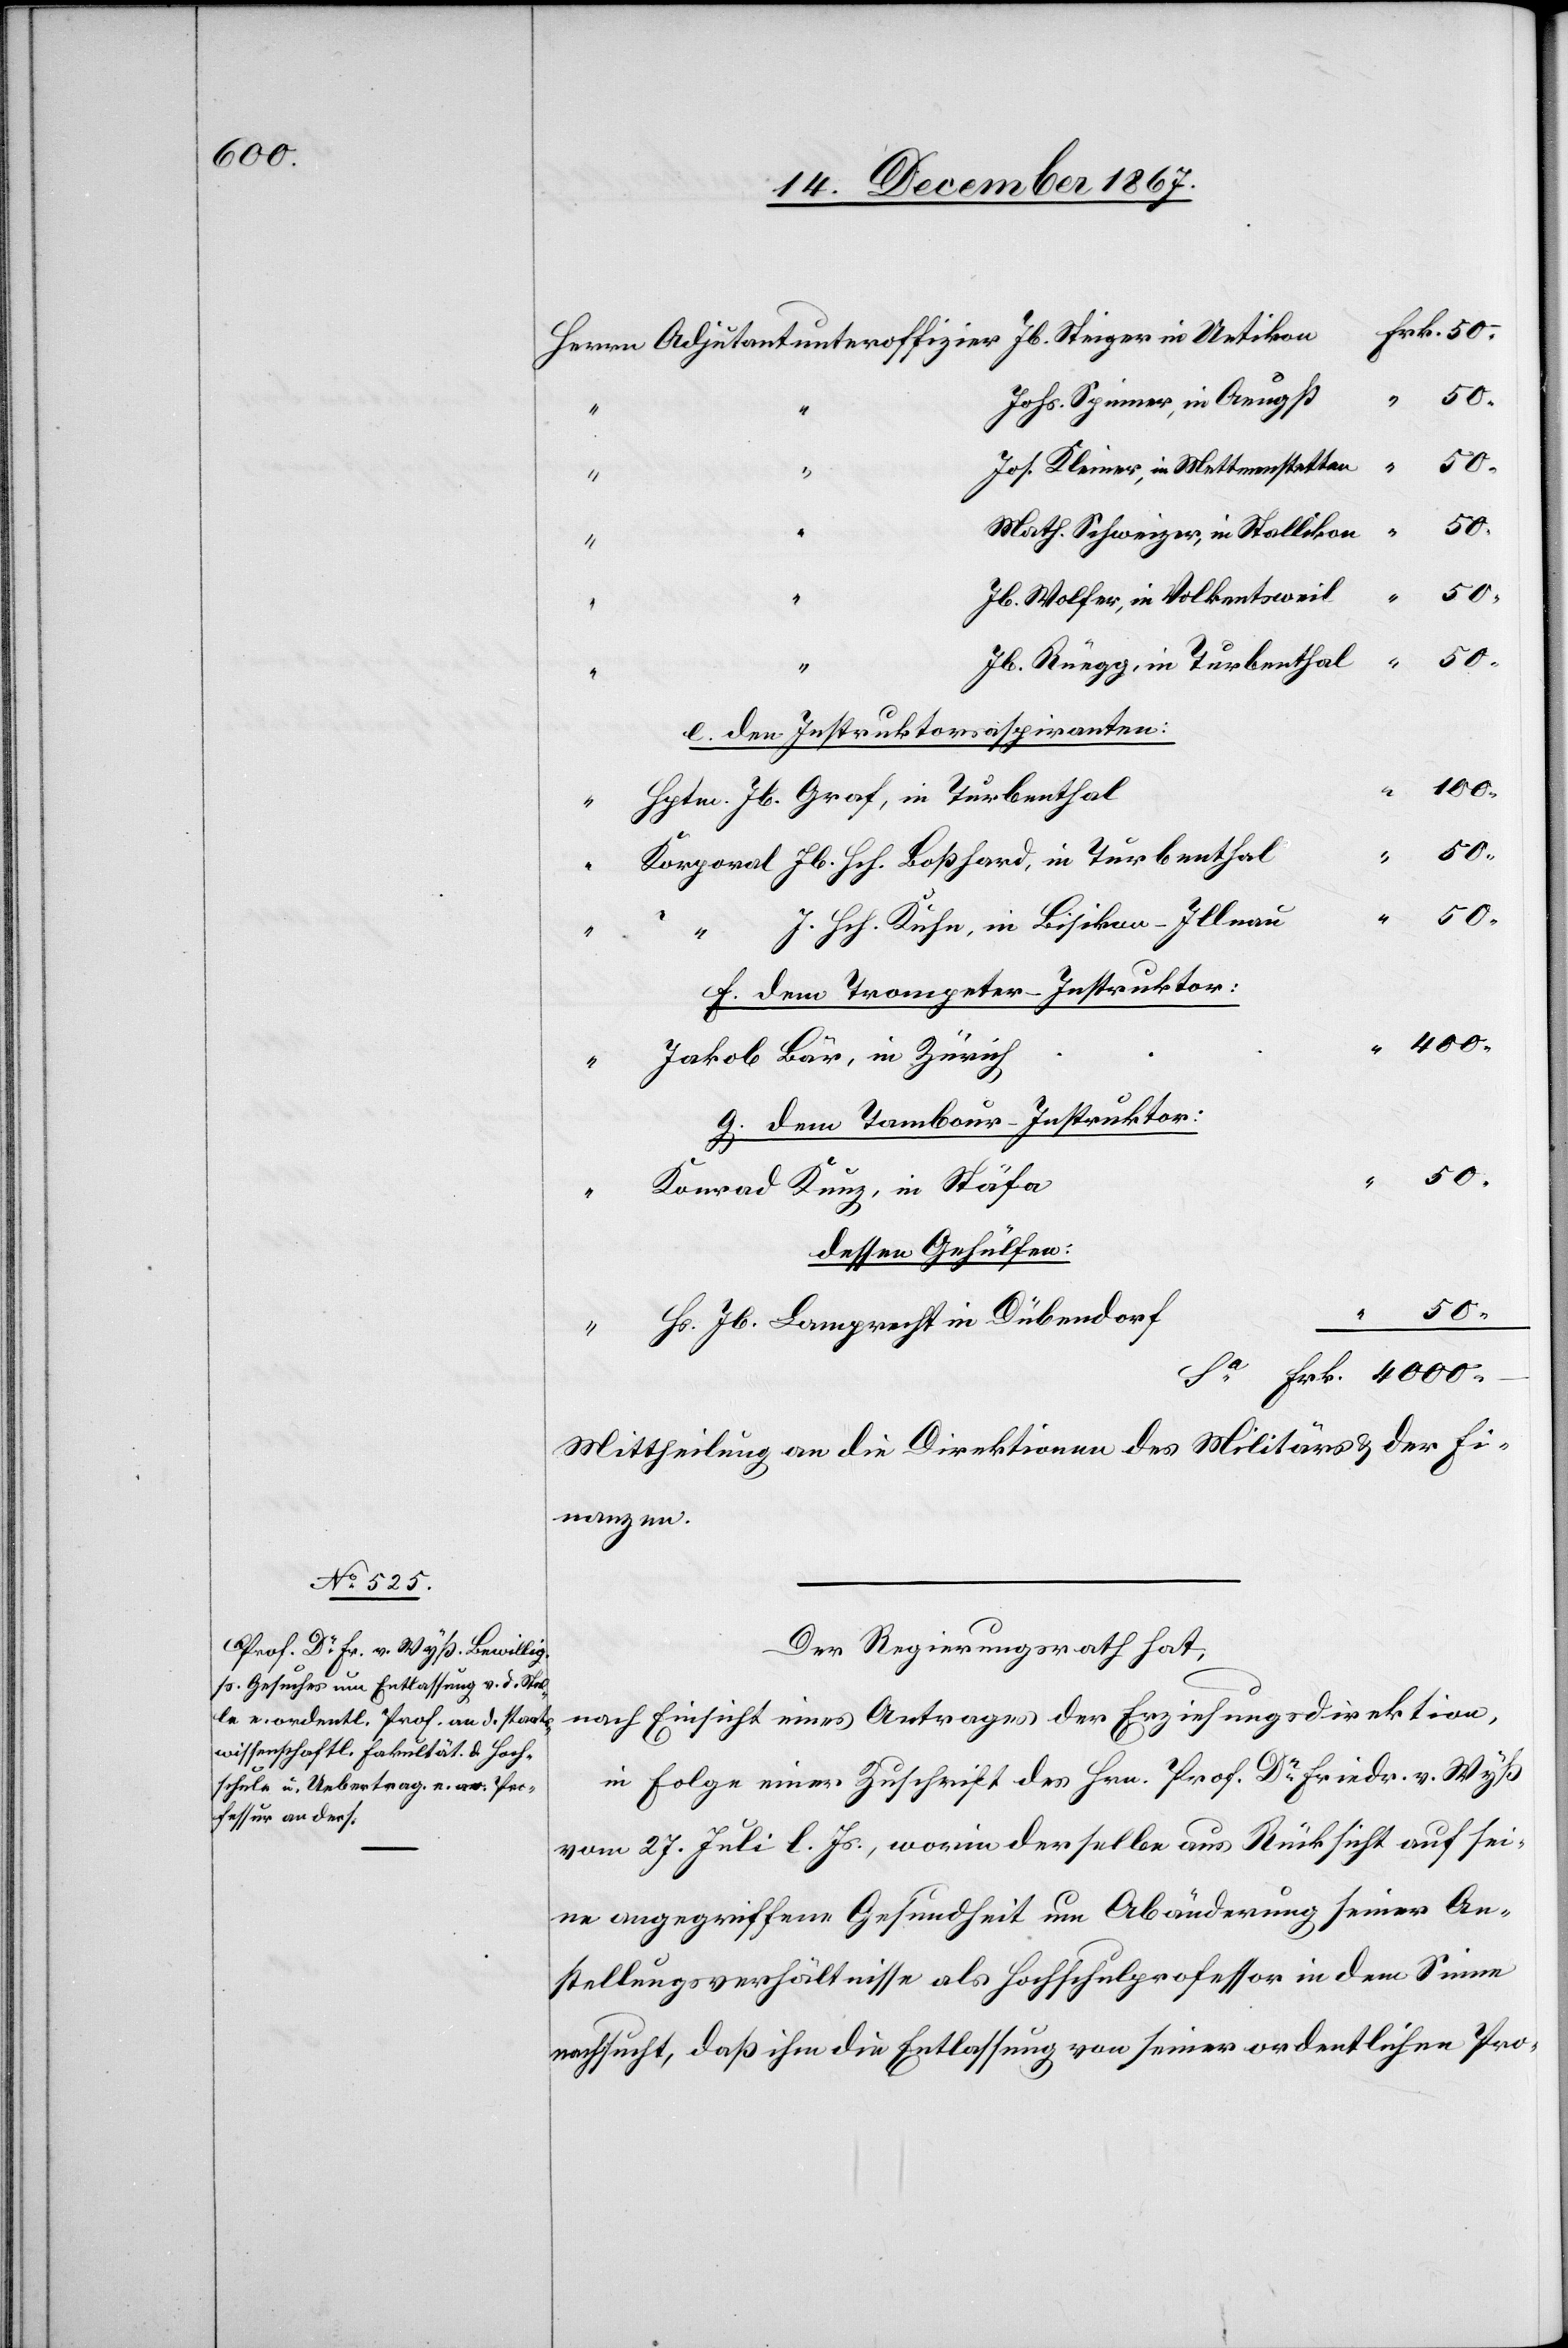
4000.–

Johs. Spinner, in Aeugst
Jos. Kleiner, in Mettmenstetten
“
Math. Schweizer, in Stallikon
Jb. Wolfer, in Volkentsweil,
Jb. Graf, in Turbenthal
e. den Instruktionsaspiranten:
J. Hch. Kühn, in Bisikon-Illnau
d. dem Trompeter-Instruktor:
Jakob Bär, in Zürich
g. dem Tambour-Instruktor:
Konrad Kunz, in Stäfa
“
dessen Gehülfen:
50
“
Hs. Jb. Lamprecht in Dübendorf
Mittheilung an die Direktionen des Militärs u. der Fi¬
nanzen.
Der Regierungsrath hat,
nach Einsicht eines Antrages der Erziehungsdirektion,
in Folge einer Zuschrift des Hrn. Prof. Dr Friedr. v. Wyß
vom 27. Juli l. Js., worin derselbe aus Rücksicht auf sei¬
ne angegriffene Gesundheit um Abänderung seiner An¬
stellungsverhältnisse als Hochschulprofessor in dem Sinne
nachsucht, daß ihm die Entlassung von seiner ordentlichen Pro-